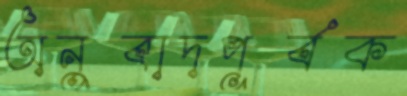
অনুবাদপূর্বক